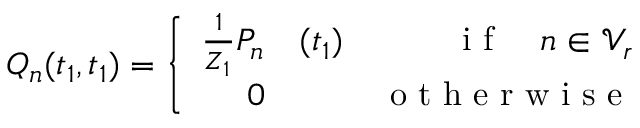
Q _ { n } ( t _ { 1 } , t _ { 1 } ) = \left\{ \begin{array} { r l r } { \frac { 1 } { Z _ { 1 } } P _ { n } } & { { } ( t _ { 1 } ) } & { \mathrm { ~ i ~ f ~ } \quad n \in \mathcal { V } _ { r } } \\ { 0 } & { { } } & { \mathrm { ~ o ~ t ~ h ~ e ~ r ~ w ~ i ~ s ~ e ~ } } \end{array} \right.